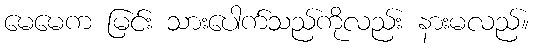
မေမေက မြင်း သားပေါက်သည်ကိုလည်း နားမလည်။